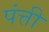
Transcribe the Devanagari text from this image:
पंत्ती